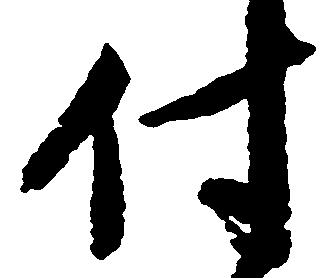
付